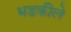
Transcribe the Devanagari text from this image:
भडकीले